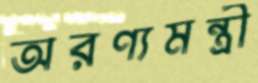
অরণ্যমন্ত্রী